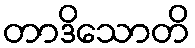
တာဒိသောတိ